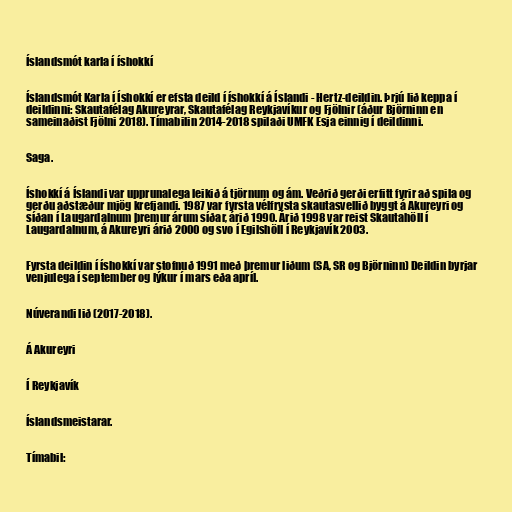
Íslandsmót karla í íshokkí

Íslandsmót Karla í Íshokkí er efsta deild í íshokkí á Íslandi - Hertz-deildin. Þrjú lið keppa í
deildinni: Skautafélag Akureyrar, Skautafélag Reykjavíkur og Fjölnir (áður Björninn en
sameinaðist Fjölni 2018). Tímabilin 2014-2018 spilaði UMFK Esja einnig í deildinni.

Saga.

Íshokkí á Íslandi var upprunalega leikið á tjörnum og ám. Veðrið gerði erfitt fyrir að spila og
gerðu aðstæður mjög krefjandi. 1987 var fyrsta vélfrysta skautasvellið byggt á Akureyri og
síðan í Laugardalnum þremur árum síðar, árið 1990. Árið 1998 var reist Skautahöll í
Laugardalnum, á Akureyri árið 2000 og svo í Egilshöll í Reykjavík 2003.

Fyrsta deildin í íshokkí var stofnuð 1991 með þremur liðum (SA, SR og Björninn) Deildin byrjar
venjulega í september og lýkur í mars eða apríl.

Núverandi lið (2017-2018).

Á Akureyri

Í Reykjavík

Íslandsmeistarar.

Tímabil: